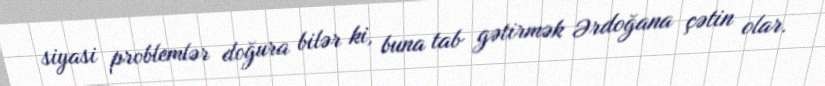
siyasi problemlər doğura bilər ki, buna tab gətirmək Ərdoğana çətin olar.